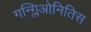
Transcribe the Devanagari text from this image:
गन्ग्लिओनितिस